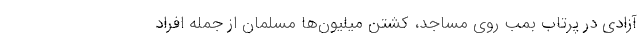
آزادی در پرتاب بمب روی مساجد، کشتن میلیون‌ها مسلمان از جمله افراد